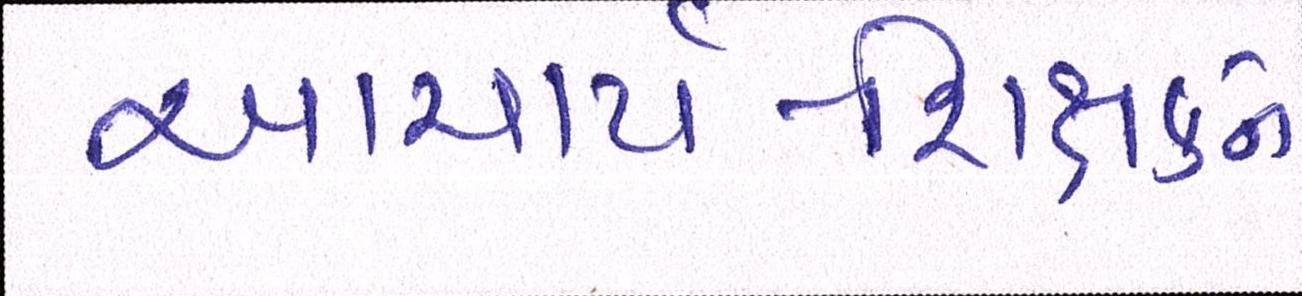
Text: આચાર્ય-શિક્ષકને